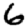
Digit: 6